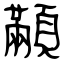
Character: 顢